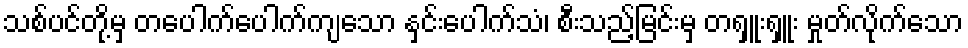
သစ်ပင်တို့မှ တပေါက်ပေါက်ကျသော နှင်းပေါက်သံ၊ စီးသည့်မြင်းမှ တရှူးရှူး မှုတ်လိုက်သော